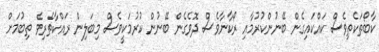
ކާބޯތަކެތިވެސް ކައްކައިގެން ބޭނުންކުރުމާއި ރޯކާނާވެސް ދޮވެގެން ބޭނުން ކުރުމަކީވެސް މިބަލިން ރައްކާތެރިވެ ތިބުމަށް